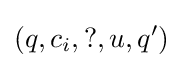
(q,c_{i},?,u,q')